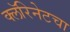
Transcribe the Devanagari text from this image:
क्लॅरिनेटचा